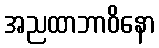
အညထာဘာဝိနော